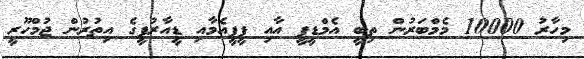
މިހާރު 10000 މެމްބަރުން ތިބީ އެމްޑީޕީ އާއި ޕީޕީއެމާއި ޑީއާރުޕީގެ އިތުރުން ޖުމްހޫރީ